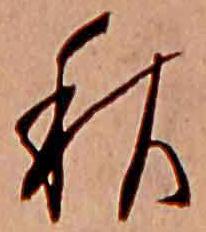
秋